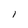
Character: i